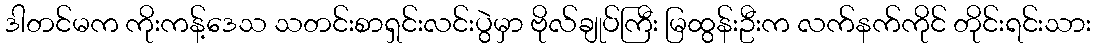
ဒါတင်မက ကိုးကန့်ဒေသ သတင်းစာရှင်းလင်းပွဲမှာ ဗိုလ်ချုပ်ကြီး မြထွန်းဦးက လက်နက်ကိုင် တိုင်းရင်းသား